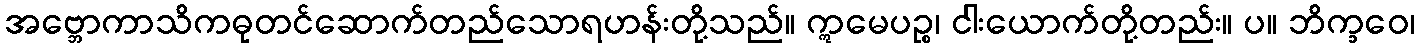
အဗ္ဘောကာသိကဓုတင်ဆောက်တည်သောရဟန်းတို့သည်။ ဣမေပဉ္စ၊ ငါးယောက်တို့တည်း။ ပ။ ဘိက္ခဝေ၊